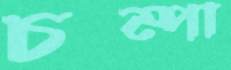
চম্পা